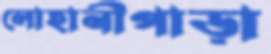
লোহানীপাড়া